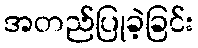
အတည်ပြုခဲ့ခြင်း